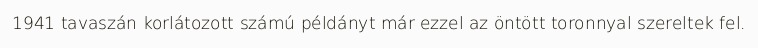
1941 tavaszán korlátozott számú példányt már ezzel az öntött toronnyal szereltek fel.